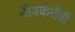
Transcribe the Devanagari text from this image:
नीवकरौरी